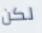
لكن